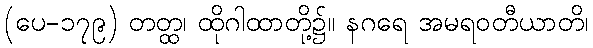
(ပေ-၁၇၉) တတ္ထ၊ ထိုဂါထာတို့၌။ နဂရေ အမရဝတီယာတိ၊